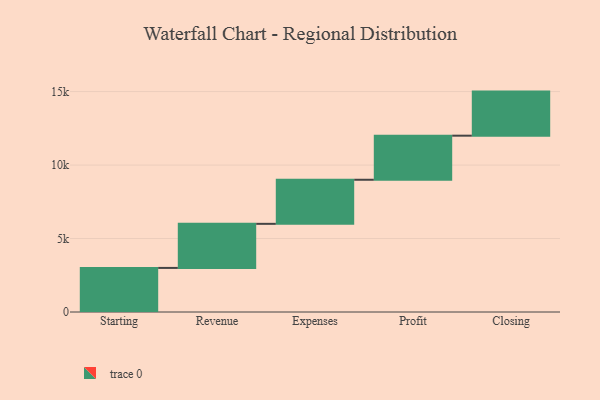
{"axis": {"x": "Step", "y": "Value"}, "legend": [""], "data": [{"x": "Starting", "y": 3000, "type": ""}, {"x": "Revenue", "y": 3000, "type": ""}, {"x": "Expenses", "y": 3000, "type": ""}, {"x": "Profit", "y": 3000, "type": ""}, {"x": "Closing", "y": 3000, "type": ""}]}